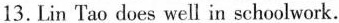
13. Lin Tao does well in schoolwork.